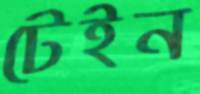
টেইন